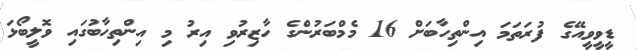
ޑީވީވީއޭގެ ފުރަތަމަ އިންތިހާބަށް 16 މެމްބަރުންގެ ހާޒިރުވި އިރު މި އިންތިހާބުގައި ވޮލީބޯޅަ